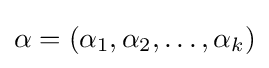
\alpha =(\alpha _{1},\alpha _{2},\ldots ,\alpha _{k})